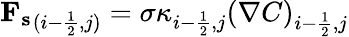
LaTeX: \begin{array}{r}{{\mathbf{F_{s}}}_{(i-\frac{1}{2},j)}=\sigma\kappa_{i-\frac{1}{2},j}\left(\nabla C\right)_{i-\frac{1}{2},j}}\end{array}